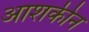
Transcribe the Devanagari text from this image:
आशकीन